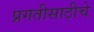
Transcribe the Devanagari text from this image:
प्रगतीसाठीचे